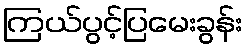
ကြယ်ပွင့်ပြမေးခွန်း